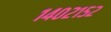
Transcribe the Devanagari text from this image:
१४०२१५२